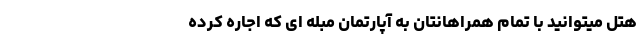
هتل میتوانید با تمام همراهانتان به آپارتمان مبله ای که اجاره کرده